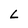
Character: L